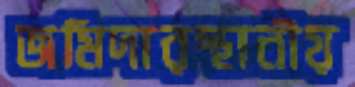
জমিদারস্থানীয়